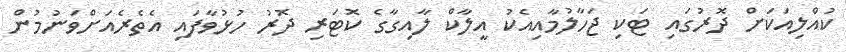
ކުއްލިއަކަށް ދޮރުގައި ޓަކި ޖަހާލުމާއިއެކު އީލާކް ލާއިގާގެ ކޮޓަރި ދޮރު ހުޅުވާފައި އެތެރެއަށްވަނުމުން